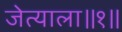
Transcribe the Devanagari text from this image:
जेत्याला॥१॥